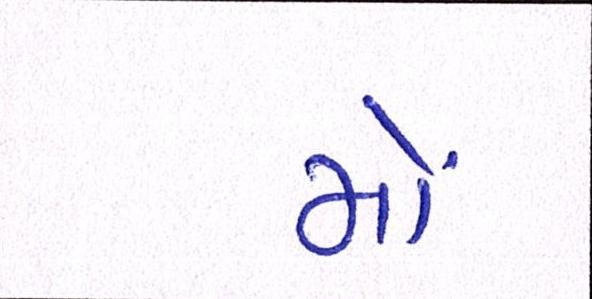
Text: મોં